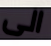
الى